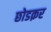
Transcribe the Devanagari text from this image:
छोडक़र